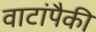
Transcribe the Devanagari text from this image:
वाटांपैकी